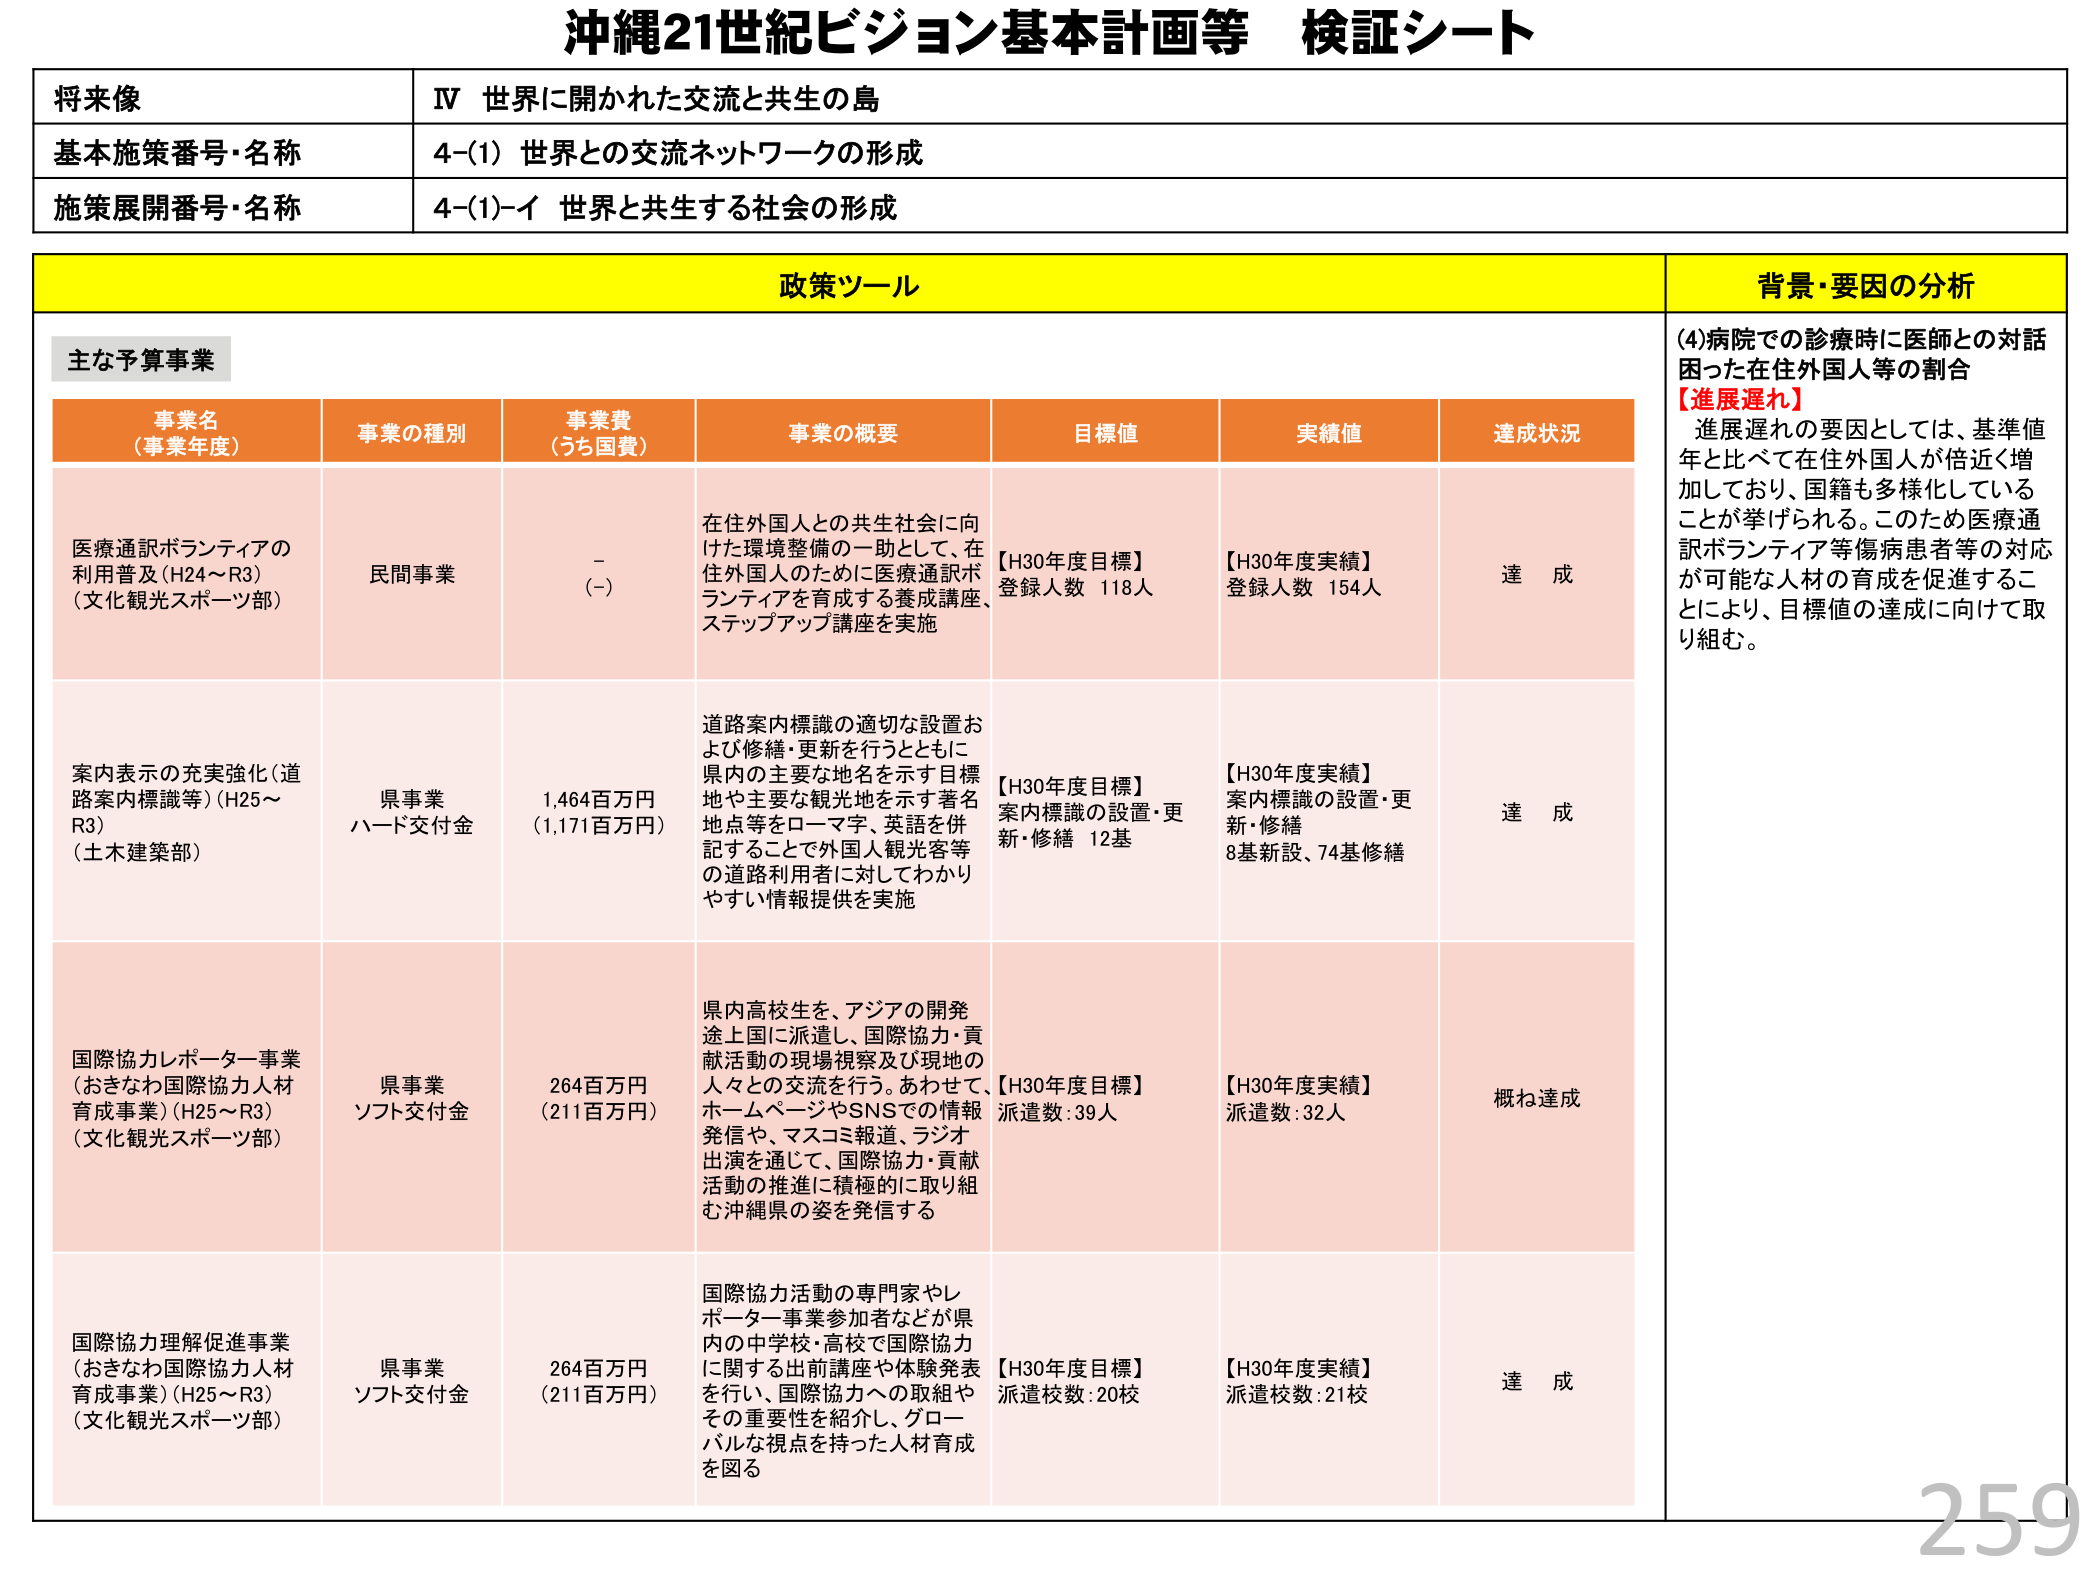
沖縄21世紀ビジョン基本計画等 検証シート

将来像
IV 世界に開かれた交流と共生の島

基本施策番号・名称
4-(1) 世界との交流ネットワークの形成

施策展開番号・名称
4-(1)-イ 世界と共生する社会の形成

政策ツール

主な予算事業

事業名（事業年度）
事業の種別
事業費（うち国費）
事業の概要
目標値
実績値
達成状況

医療通訳ボランティアの利用普及（H24～R3）（文化観光スポーツ部）
民間事業
－（－）
在住外国人との共生社会に向けた環境整備の一助として、在住外国人のために医療通訳ボランティアを育成する養成講座、ステップアップ講座を実施
【H30年度目標】登録人数 118人
【H30年度実績】登録人数 154人
達成

案内表示の充実強化（道路案内標識等）（H25～R3）（土木建築部）
県事業 ハード交付金
1,464百万円（1,171百万円）
道路案内標識の適切な設置および修繕・更新を行うとともに、県内の主要な地名を示す目標地や主要な観光地を示す著名地点等をローマ字、英語を併記することで外国人観光客等の道路利用者に対してわかりやすい情報提供を実施
【H30年度目標】案内標識の設置・更新・修繕 12基
【H30年度実績】案内標識の設置・更新・修繕 8基新設、74基修繕
達成

国際協力レポーター事業（おきなわ国際協力人材育成事業）（H25～R3）（文化観光スポーツ部）
県事業 ソフト交付金
264百万円（211百万円）
県内高校生を、アジアの開発途上国に派遣し、国際協力・貢献活動の現場視察及び現地の人々との交流を行う。あわせて、ホームページやSNSでの情報発信や、マスコミ報道、ラジオ出演を通じて、国際協力・貢献活動の推進に積極的に取り組む沖縄県の姿を発信する
【H30年度目標】派遣数：39人
【H30年度実績】派遣数：32人
概ね達成

国際協力理解促進事業（おきなわ国際協力人材育成事業）（H25～R3）（文化観光スポーツ部）
県事業 ソフト交付金
264百万円（211百万円）
国際協力活動の専門家やレポーター事業参加者などが県内の中学校・高校で国際協力に関する出前講座や体験発表を行い、国際協力への取組やその重要性を紹介し、グローバルな視点を持った人材育成を図る
【H30年度目標】派遣校数：20校
【H30年度実績】派遣校数：21校
達成

背景・要因の分析

(4)病院での診療時に医師との対話困った在住外国人等の割合
【進展遅れ】
進展遅れの要因としては、基準値年と比べて在住外国人が倍近く増加しており、国籍も多様化していることが挙げられる。このため医療通訳ボランティア等傷病患者等の対応が可能な人材の育成を促進することにより、目標値の達成に向けて取り組む。

259